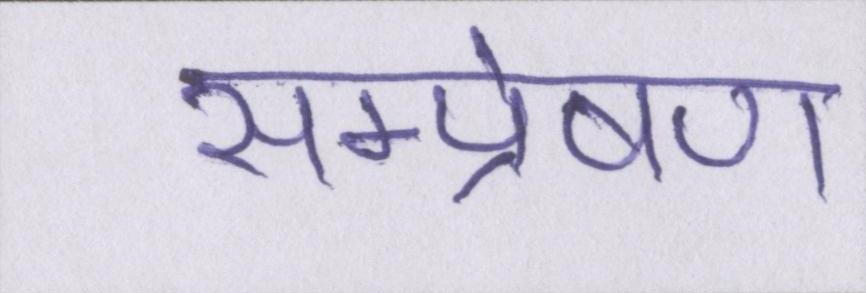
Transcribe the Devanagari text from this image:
सम्प्रेषण